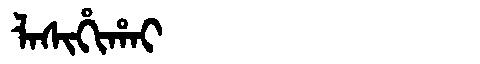
Manchu: ᠯᠠᠰᡳᡥᡳᡥᠠᡳ
Romanization: LASIHIHAI